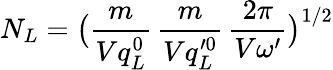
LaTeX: N_{L}=\big(\frac{m}{Vq_{L}^{0}}\, \frac{m}{Vq_{L}^{\prime 0}}\, \frac{2\pi}{V\omega^{\prime}}\big)^{1/2}